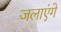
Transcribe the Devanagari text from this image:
जलाएंगे